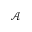
\mathcal { A }